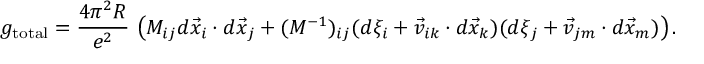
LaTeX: g _ { \mathrm { t o t a l } } = \frac { 4 \pi ^ { 2 } R } { e ^ { 2 } } \, \left( M _ { i j } d \vec { x } _ { i } \cdot d \vec { x } _ { j } + ( M ^ { - 1 } ) _ { i j } ( d \xi _ { i } + \vec { v } _ { i k } \cdot d \vec { x } _ { k } ) ( d \xi _ { j } + \vec { v } _ { j m } \cdot d \vec { x } _ { m } ) \right) .